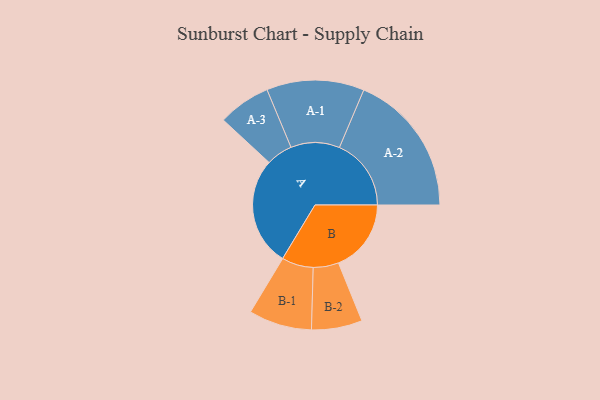
{"axis": {"x": "Segment", "y": "Value"}, "legend": ["", "A", "B"], "data": [{"x": "A", "y": 455, "type": ""}, {"x": "B", "y": 304, "type": ""}, {"x": "A-1", "y": 204, "type": "A"}, {"x": "A-2", "y": 300, "type": "A"}, {"x": "A-3", "y": 110, "type": "A"}, {"x": "B-1", "y": 132, "type": "B"}, {"x": "B-2", "y": 106, "type": "B"}]}